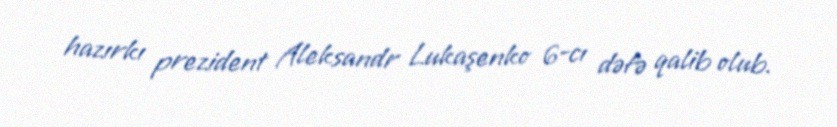
hazırkı prezident Aleksandr Lukaşenko 6-cı dəfə qalib olub.